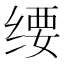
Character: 𬘱